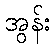
အွန်း